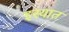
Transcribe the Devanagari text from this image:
इस्यात